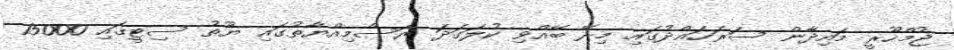
ޖުމްހޫރީ މައިދާން ސަރަހައްދުގައި މިރޭ ބޭއްވި ކުލަގަދަ ރަސްމިއްޔާތުގައި ޔޫތު ސިޓީގައި 15000